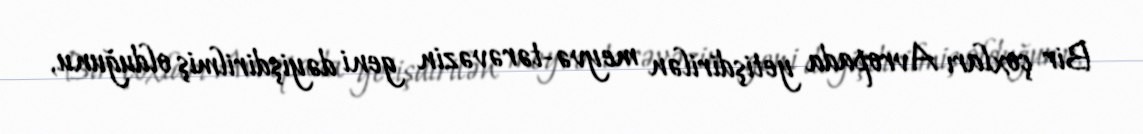
Bir çoxları Avropada yetişdirilən meyvə-tərəvəzin geni dəyişdirilmiş olduğunu,